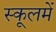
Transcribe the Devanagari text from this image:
स्कूलमें